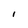
Character: I